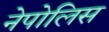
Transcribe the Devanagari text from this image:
नेपोलिस